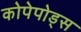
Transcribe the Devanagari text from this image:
कोपेपोड्स